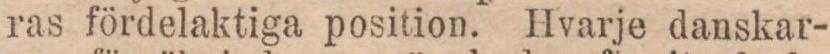
ras fördelaktiga position. Hvarje danskar-